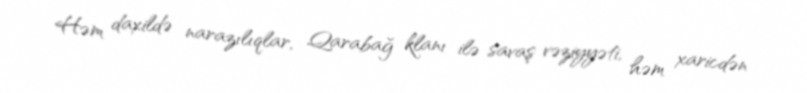
Həm daxildə narazılıqlar, Qarabağ klanı ilə savaş vəziyyəti, həm xaricdən